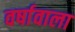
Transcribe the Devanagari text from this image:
वर्षावाला